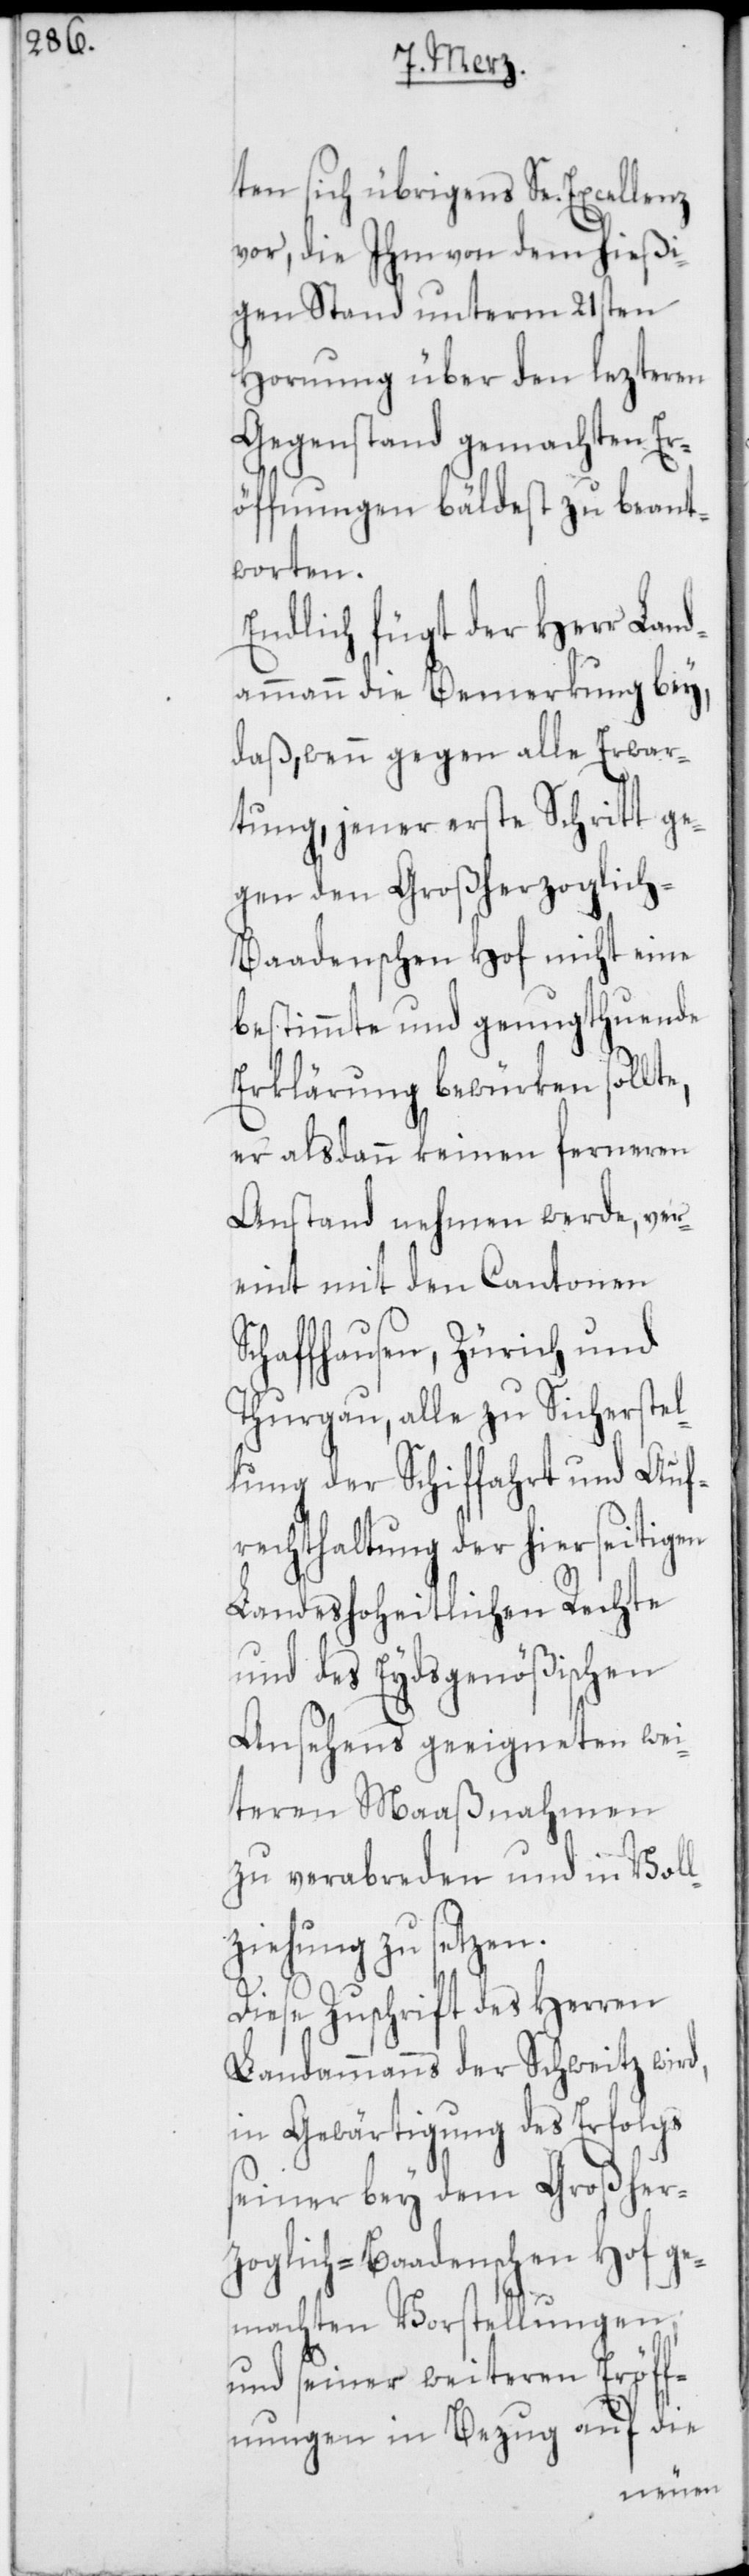
ten sich übrigens Se. Excellenz
vor, die Ihm von dem hießi¬
gen Stand unterm 21sten
Hornung über den lezteren
Gegenstand gemachten Er¬
öffnungen bäldest zu beant¬
worten.
Endlich fügt der Herr Land¬
ammann die Bemerkung bey,
daß, wenn gegen alle Erwar¬
tung, jener erste Schritt ge¬
gen den Großherzoglich–B¬
aadenschen Hof nicht eine
bestimmte und genugthuende
Erklärung bewürken sollte,
er alsdann keinen ferneren
Anstand nehmen werde, ver¬
eint mit den Cantonen
Schaffhausen, Zürich und
Thurgau, alle zu Sicherstel¬
lung der Schifffahrt und Auf¬
rechterhaltung der hierseitigen
Landeshoheitlichen Rechte
und des Eydsgenößischen
Ansehens geeigneten wei¬
teren Maaßnahmen
zu verabreden und in Voll¬
ziehung zu setzen.
Diese Zuschrift des Herren
Landammanns der Schweitz wird,
in Gewärtigung des Erfolgs
seiner bey dem Großher¬
zoglich-Baadenschen Hof ge¬
machten Vorstellungen;
und seiner weiteren Eröff¬
nungen in Bezug auf die